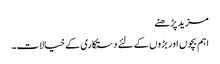
مزید پڑھنے
اہم بچوں اور بڑوں کے لئے دستکاری کے خیالات۔